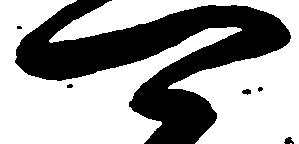
可